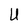
Character: U